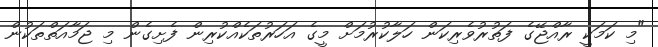
"މި ކަމަކީ ރާއްޖޭގެ ފަތުރުވެރިކަން ހަލާކުރުމަށް މީގެ އަހަރުތަކެއްކުރިން ފެށިގެން މި ޖަމާއަތްތަކުން